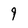
Character: 9